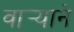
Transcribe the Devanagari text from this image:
वार्‍याने